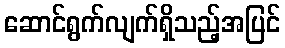
ဆောင်ရွက်လျက်ရှိသည့်အပြင်